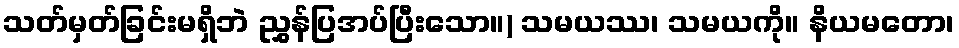
သတ်မှတ်ခြင်းမရှိဘဲ ညွှန်ပြအပ်ပြီးသော။) သမယဿ၊ သမယကို။ နိယမတော၊